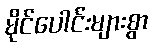
မိုင်ပေါင်းများစွာ